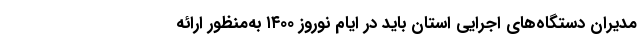
مدیران دستگاه‌های اجرایی استان باید در ایام نوروز ۱۴۰۰ به‌منظور ارائه